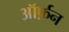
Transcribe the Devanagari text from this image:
ऑर्फ़न